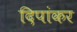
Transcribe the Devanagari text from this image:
दिपांकर